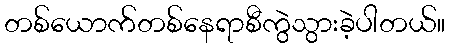
တစ်ယောက်တစ်နေရာစီကွဲသွားခဲ့ပါတယ်။